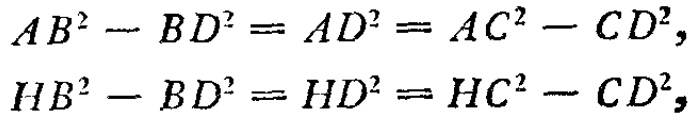
\[

\begin{align*}

AB^{2}-BD^{2}&=AD^{2}=AC^{2}-CD^{2},\\

HB^{2}-BD^{2}&=HD^{2}=HC^{2}-CD^{2},

\end{align*}

\]